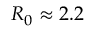
R _ { 0 } \approx 2 . 2